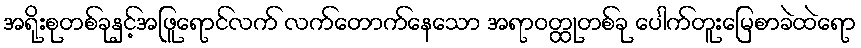
အရိုးစုတစ်ခုနှင့်အဖြူရောင်လက် လက်တောက်နေသော အရာဝတ္ထုတစ်ခု ပေါက်တူးမြေစာခဲထဲရော